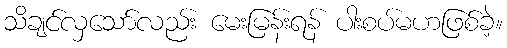
သိချင်လှသော်လည်း မေးမြန်းရန် ပါးစပ်မဟဖြစ်ခဲ့။